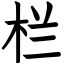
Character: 栏